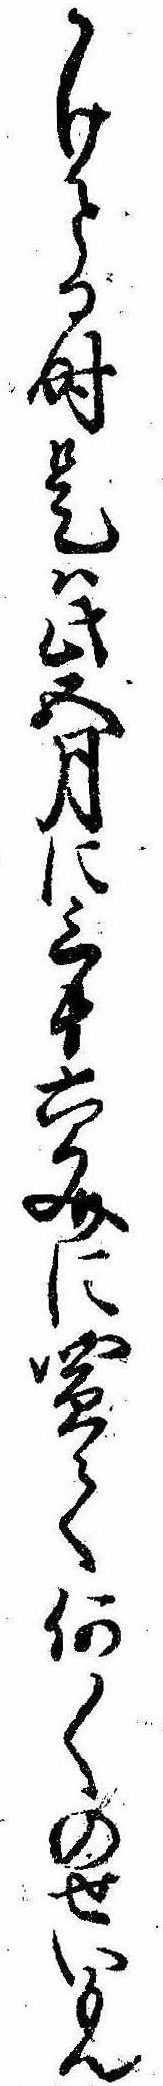
うけとる時是は此五月に三十六文に買て何〱のせいもん